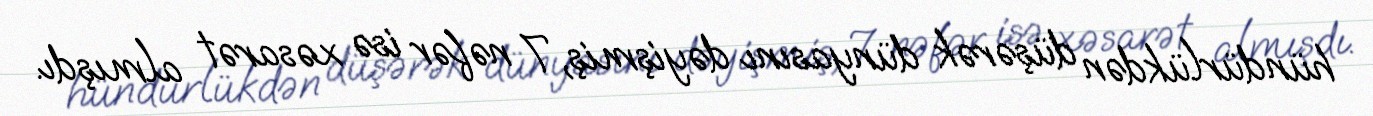
hündürlükdən düşərək dünyasını dəyişmiş, 7 nəfər isə xəsarət almışdı.